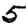
Digit: 5